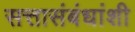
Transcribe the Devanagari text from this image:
सत्तासंबंधांशी